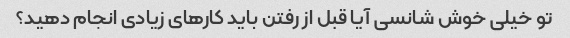
تو خیلی خوش شانسی آیا قبل از رفتن باید کارهای زیادی انجام دهید؟